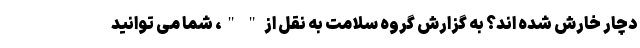
دچار خارش شده اند؟ به گزارش گروه سلامت به نقل از " "، شما می توانید